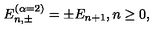
E _ { n , \pm } ^ { ( \alpha = 2 ) } = \pm E _ { n + 1 } , n \geq 0 ,